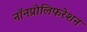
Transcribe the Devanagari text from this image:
नॉनप्रोलिफरेशन